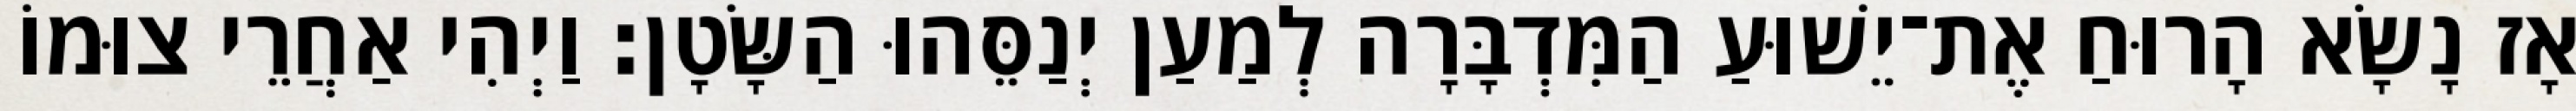
אָז נָשָׂא הָרוּחַ אֶת־יֵשׁוּעַ הַמִּדְבָּרָה לְמַעַן יְנַסֵּהוּ הַשָּׂטָן׃ וַיְהִי אַחֲרֵי צוּמוֹ